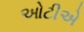
ઓટીએ